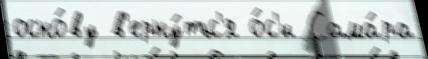
осно́ву в'ерну́тьс'я о́с'и Сама́ра